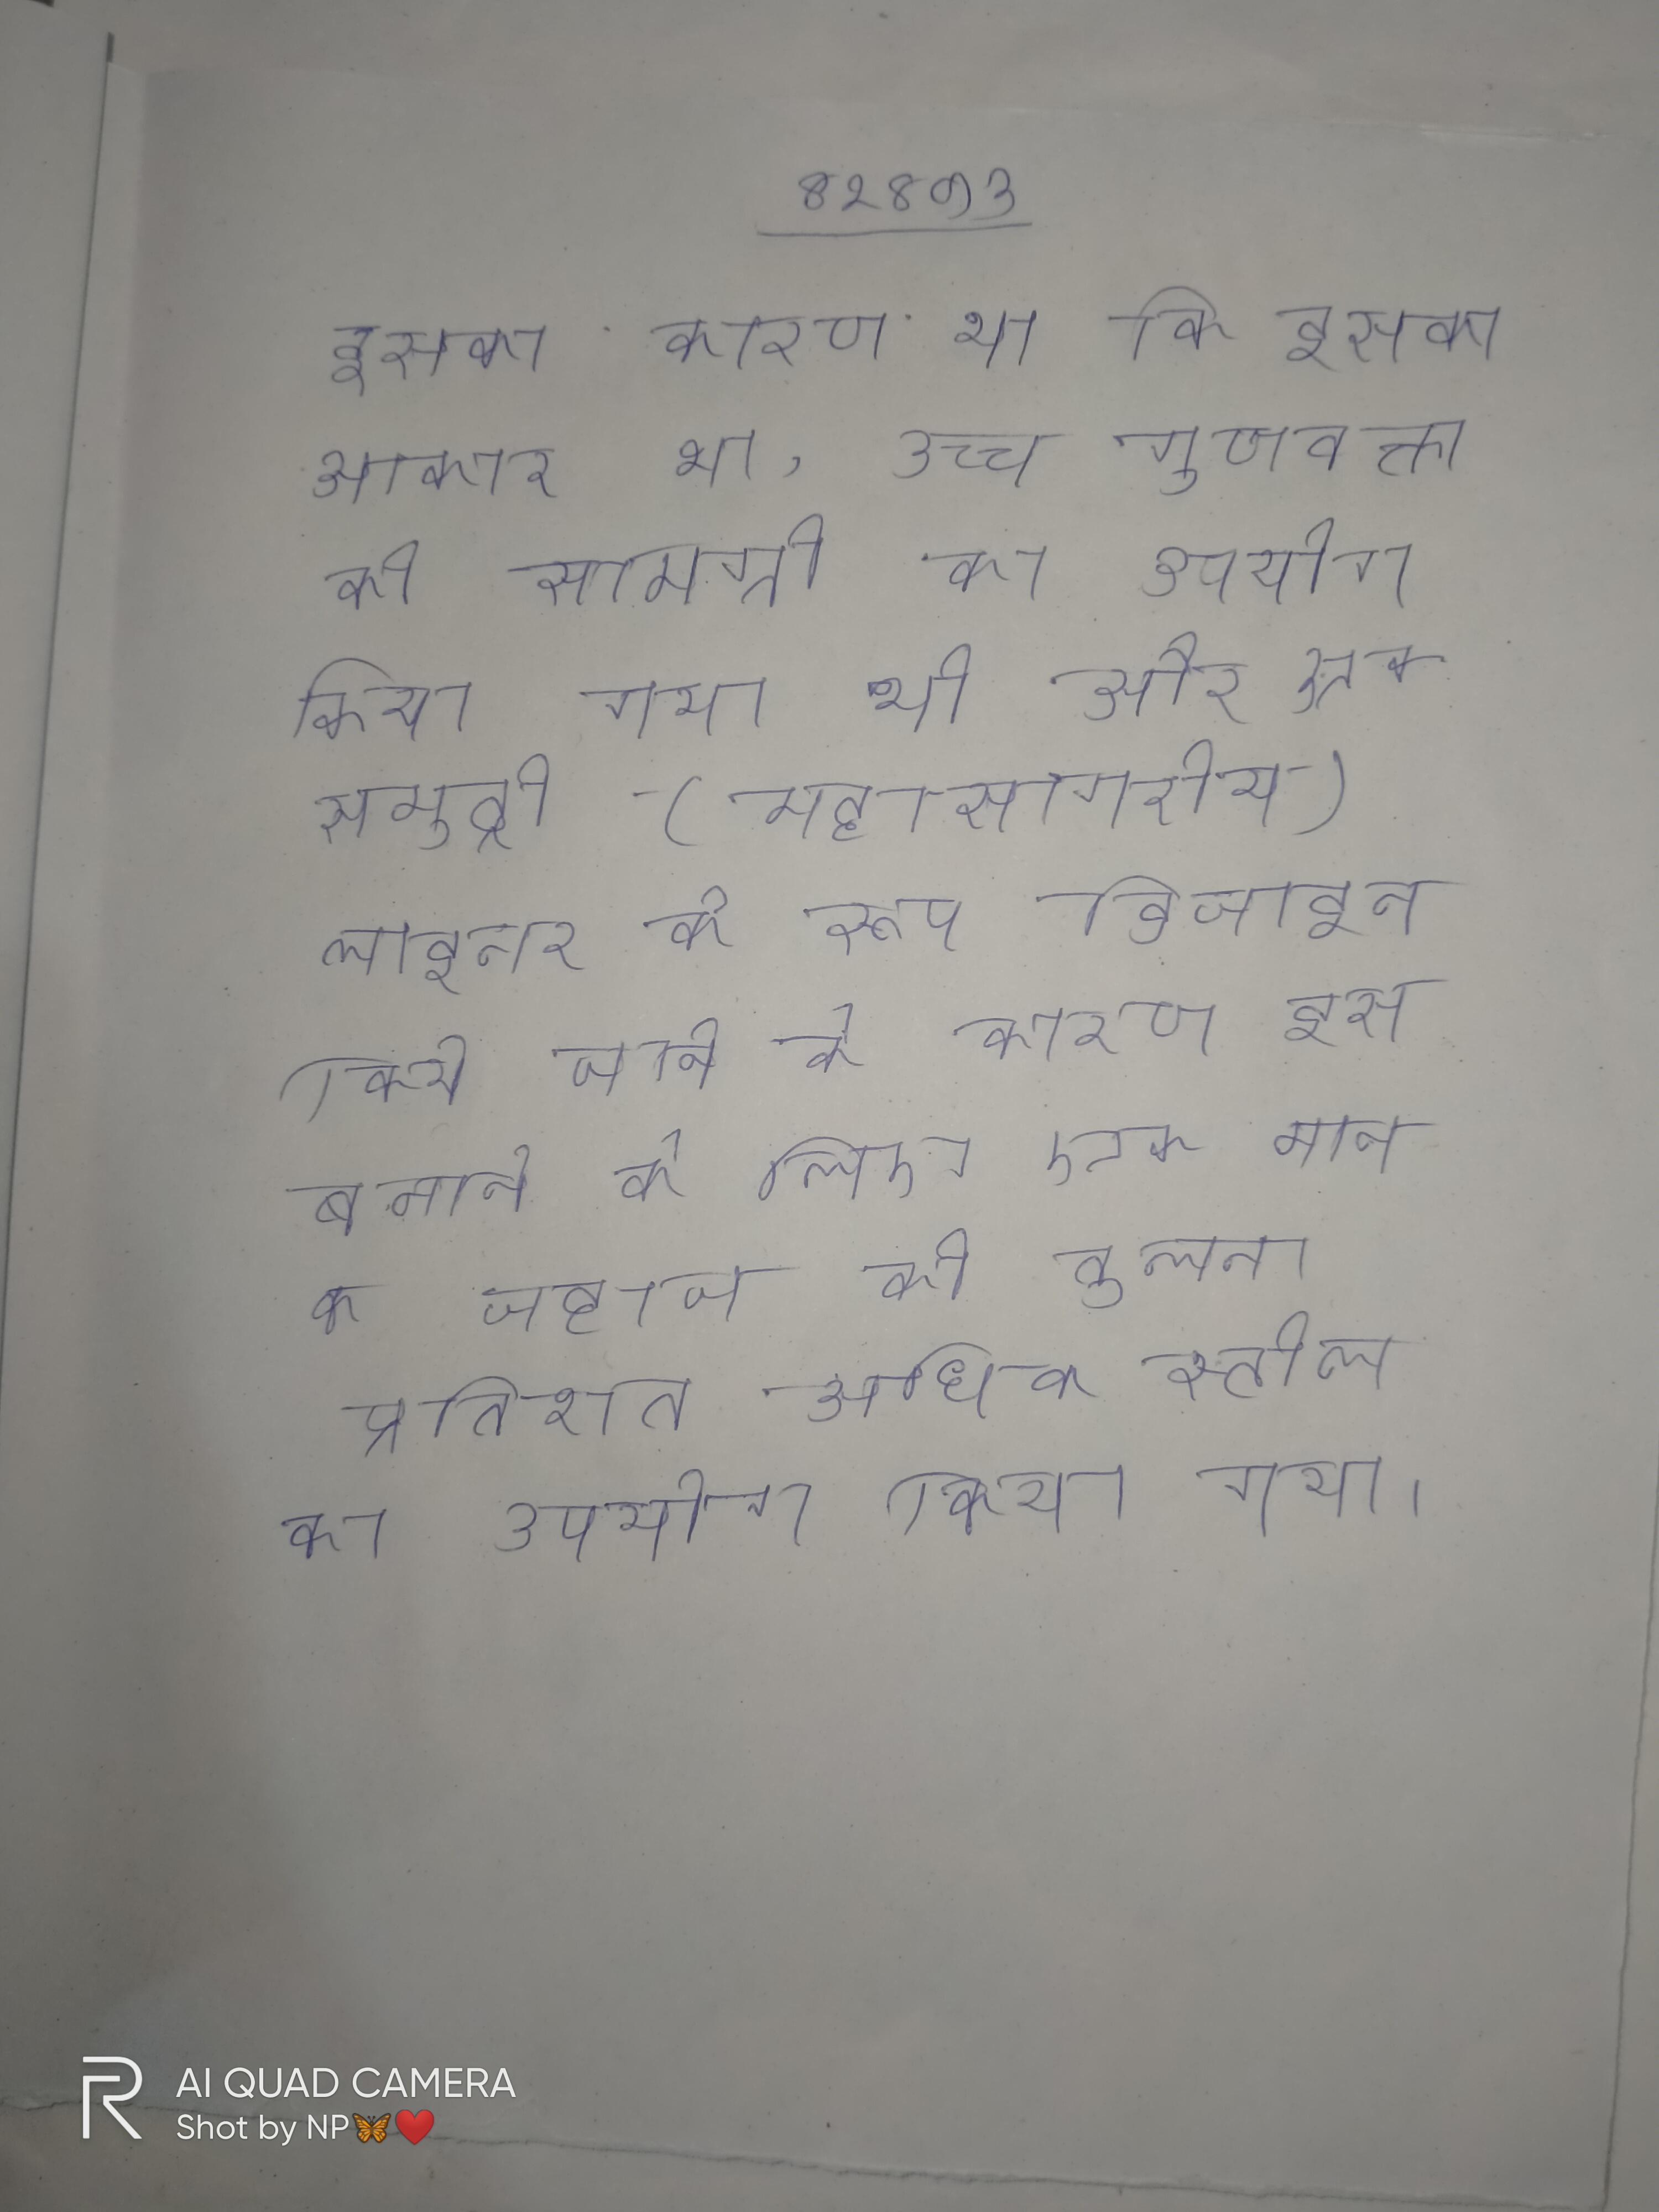
इसका कारण था कि इसका आकार था, उच्च गुणवत्ता की सामग्री का उपयोग किया गया था और एक समुद्री (महासागरीय) लाइनर के रूप डिजाइन किये जाने के कारण इसे बनाने के लिए एक मानक जहाज की तुलना प्रतिशत अधिक स्टील का उपयोग किया गया ।